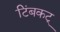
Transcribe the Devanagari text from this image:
टिंबकट्